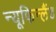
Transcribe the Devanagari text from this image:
न्यूफिन्लैंड